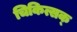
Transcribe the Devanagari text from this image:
चिकित्सक्